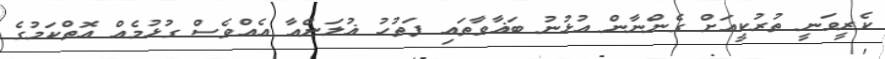
ކެރީވަނީ ތުރުކީއަށް ގެންނާން އުޅުނު ބަޣާވާތައި ފަތުހު ޣުލަންއާ އެއްވެސް ގުޅުމެއް އޮތްކަމުގެ